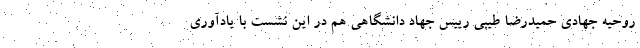
روحیه جهادی حمیدرضا طیبی رییس جهاد دانشگاهی هم در این نشست با یادآوری